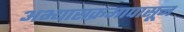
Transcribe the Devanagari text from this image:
अभ्यासक्रमापासून